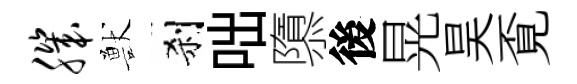
肌獸刹咄隳後晃昊覔